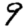
Digit: 9